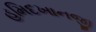
હમિદખાનજી